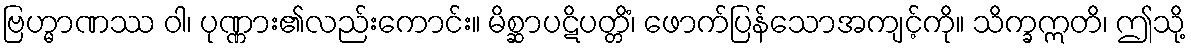
ဗြဟ္မာဏဿ ဝါ၊ ပုဏ္ဏား၏လည်းကောင်း။ မိစ္ဆာပဋိပတ္တိံ၊ ဖောက်ပြန်သောအကျင့်ကို။ သိက္ခဣတိ၊ ဤသို့